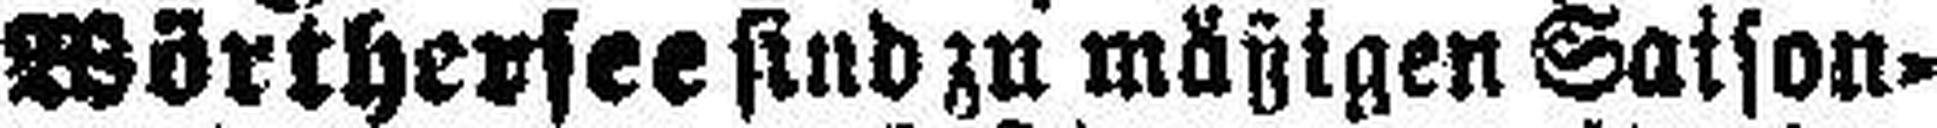
Wörthersee sind zu mäßigen Saison¬